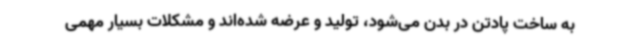
به ساخت پادتن در بدن می‌شود، تولید و عرضه شده‌اند و مشکلات بسیار مهمی